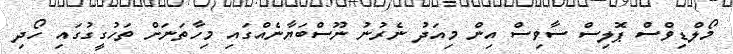
މޯލްޑިވްސް ޕޮލިސް ސާވިސް އިން މިއަދު ނެރުނު ނޫސްބަޔާނެއްގައި މިހާތަނަށް ތަހުގީގުގައި ހޯދި